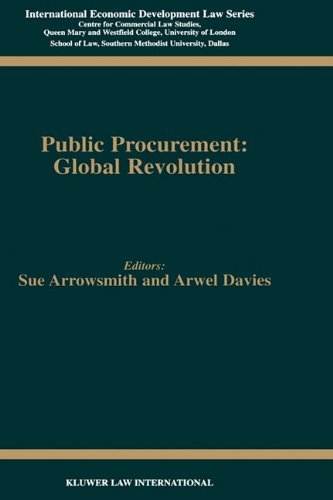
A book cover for Public Procurement: Global Revolution (International Economic Development Law); Sue Arrowsmith; Business & Money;